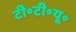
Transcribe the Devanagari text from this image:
टी॰टी॰यू॰